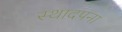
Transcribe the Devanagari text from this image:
स्थादपना